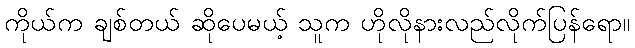
ကိုယ်က ချစ်တယ် ဆိုပေမယ့် သူက ဟိုလိုနားလည်လိုက်ပြန်ရော။